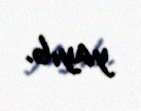
yayıb.